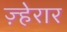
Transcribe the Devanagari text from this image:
ज़्हेरार